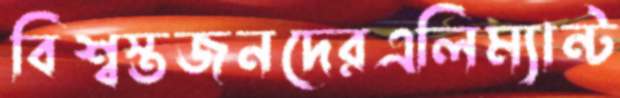
বিশ্বস্তজনদেরএলিম্যান্ট